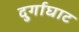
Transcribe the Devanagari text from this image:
दुर्गाघाट